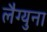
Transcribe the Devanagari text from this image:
लैग्युना